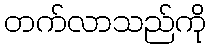
တက်လာသည်ကို